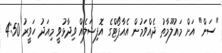
"ސަން" އަށް މައުލޫމާތު ދެއްވަމުން އެއާޕޯޓްގެ އޮފިޝަލެއް ވިދާޅުވީ މިއަދު ހަވީރު 4:50